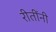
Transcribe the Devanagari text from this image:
रीतींनी